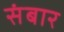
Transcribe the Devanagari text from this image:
संबार